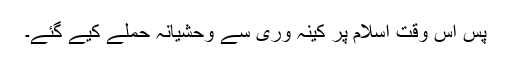
پس اس وقت اسلام پر کینہ وری سے وحشیانہ حملے کیے گئے۔